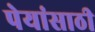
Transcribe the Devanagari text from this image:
पेयांसाठी